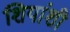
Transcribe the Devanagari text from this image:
शियांशी